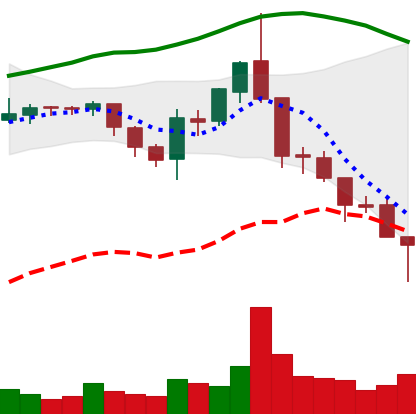
Ticker: ETC-USD
Chart end date: 2018-08-14
Forward return: 13.662%
Label: up_7plus